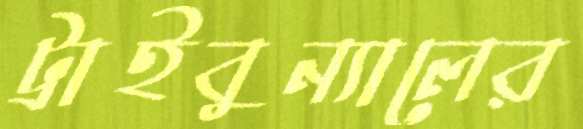
ট্রাইবুন্যালের